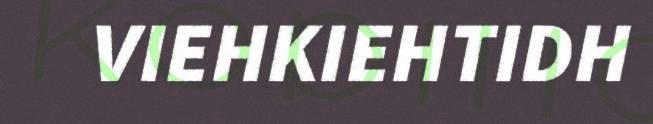
VIEHKIEHTIDH